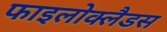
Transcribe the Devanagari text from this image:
फाइलोक्लैडस